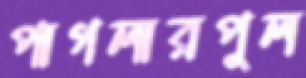
পাগলারপুল